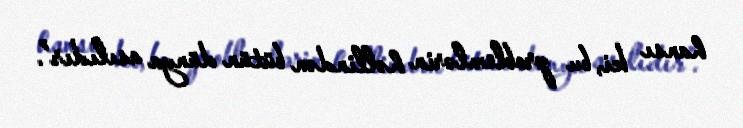
hansı ki, bu problemlərin həllindən bütün dünya asılıdır”.